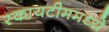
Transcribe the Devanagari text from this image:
स्कायटीममध्ये